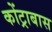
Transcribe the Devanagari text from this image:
कोंट्राबास